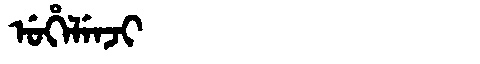
Manchu: ᡠᡥᡝᠯᡝᠨᠵᡳ
Romanization: UHELENJI